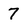
Character: 7